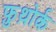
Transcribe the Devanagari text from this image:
फ़ुथ़ोर्क